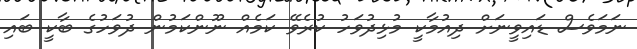
ނަމަވެސް ޑައިވީނަށް ދިއުމާކީ މުޅިދުވަހު ކުރެވޭ ކަމެއް ނޫންކަމުން ދުވަހުގެ ބާކީ ބައި